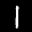
Label: 1